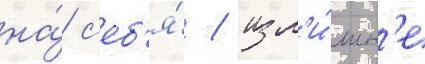
на́ с'еб'я́ / изл'и́шн'е